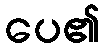
ပေ၏